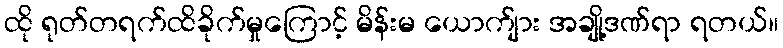
ထို ရုတ်တရက်ထိခိုက်မှုကြောင့် မိန်းမ ယောက်ျား အချို့ဒဏ်ရာ ရတယ်။